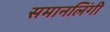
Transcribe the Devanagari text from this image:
समानलिंगी